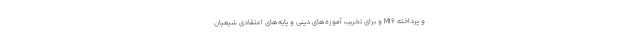
و پرداخته MI6 و برای تخریب آموزه‌های دینی و پایه‌های اعتقادی شیعیان